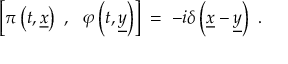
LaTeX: \left[ \pi \left( t , \underline { { { x } } } \right) ~ , ~ ~ \varphi \left( t , \underline { { { y } } } \right) \right] \; = \; - i \delta \left( \underline { { { x } } } - \underline { { { y } } } \right) ~ .